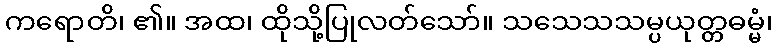
ကရောတိ၊ ၏။ အထ၊ ထိုသို့ပြုလတ်သော်။ သသေသသမ္ပယုတ္တဓမ္မံ၊